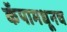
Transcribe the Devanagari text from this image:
कॅपामधूनच